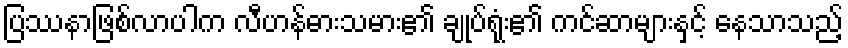
ပြဿနာဖြစ်လာပါက လီဟန်ဓားသမား၏ ချုပ်ရုံး၏ ကင်ဆာများနှင့် နေသာသည့်